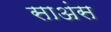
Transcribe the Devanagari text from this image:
साअंस